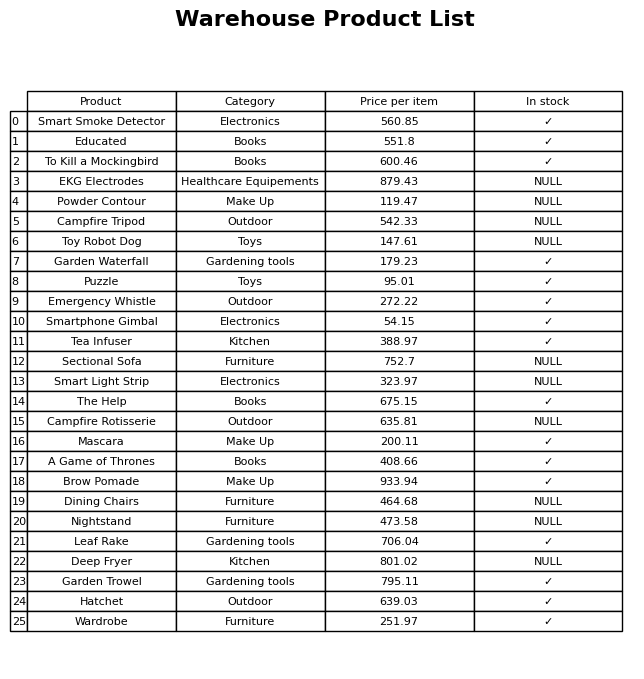
question: What is the price for Educated?
answer: The price of Educated is 551.8.